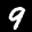
Digit: 9